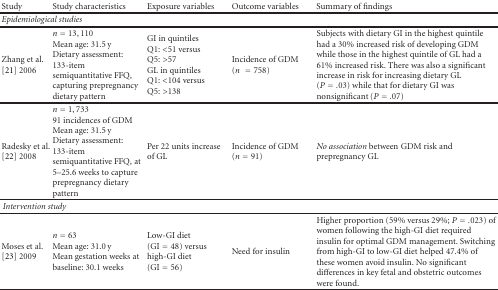
<table><thead><tr><td><b>Study</b></td><td><b>Study characteristics</b></td><td><b>Exposure variables</b></td><td><b>Outcome variables</b></td><td><b>Summary of findings</b></td></tr></thead><tbody><tr><td colspan="2"><i>Epidemiological studies</i></td><td></td><td></td><td></td></tr><tr><td>Zhang et al. [21] 2006</td><td><i>n</i> = 13,110Mean age: 31.5 y Dietary assessment: 133-item semiquantitative FFQ, capturing prepregnancy dietary pattern</td><td>GI in quintiles Q1: &lt;51 versus Q5: &gt;57GL in quintilesQ1: &lt;104 versusQ5: &gt;138</td><td>Incidence of GDM (<i>n</i> = 758)</td><td>Subjects with dietary GI in the highest quintile had a 30% increased risk of developing GDM while those in the highest quintile of GL had a 61% increased risk. There was also a significant increase in risk for increasing dietary GL (<i>P</i> = .03) while that for dietary GI was nonsignificant (<i>P</i> = .07) </td></tr><tr><td>Radesky et al. [22] 2008</td><td><i>n</i> = 1,73391 incidences of GDM Mean age: 31.5 y Dietary assessment: 133-item semiquantitative FFQ, at 5–25.6 weeks to capture prepregnancy dietary pattern</td><td>Per 22 units increase of GL</td><td>Incidence of GDM (<i>n</i> = 91)</td><td><i>No association</i> between GDM risk and prepregnancy GL</td></tr><tr><td colspan="2"><i>Intervention study</i></td><td></td><td></td><td></td></tr><tr><td>Moses et al. [23] 2009</td><td><i>n</i> = 63Mean age: 31.0 yMean gestation weeks at baseline: 30.1 weeks</td><td>Low-GI diet (GI = 48) versus high-GI diet (GI = 56)</td><td>Need for insulin</td><td>Higher proportion (59% versus 29%; <i>P</i> = .023) of women following the high-GI diet required insulin for optimal GDM management. Switching from high-GI to low-GI diet helped 47.4% of these women avoid insulin. No significant differences in key fetal and obstetric outcomes were found.</td></tr></tbody></table>